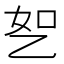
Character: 𬼤